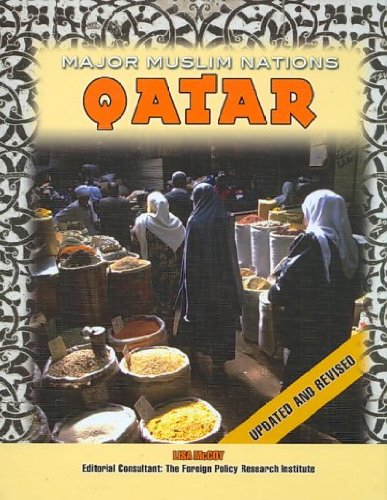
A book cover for Qatar (Major Muslim Nations); Lisa McCoy; History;